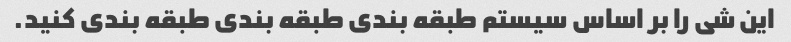
این شی را بر اساس سیستم طبقه بندی طبقه بندی طبقه بندی کنید.